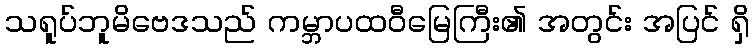
သရူပ်ဘူမိဗေဒသည် ကမ္ဘာပထဝီမြေကြီး၏ အတွင်း အပြင် ရှိ